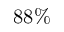
8 8 \%